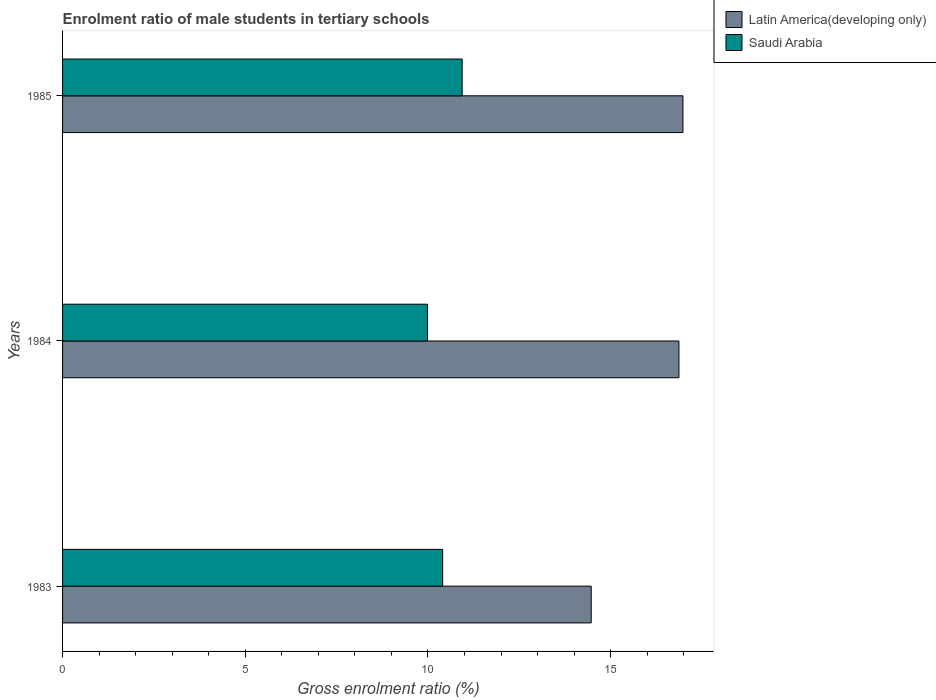
| Years | Latin America(developing only) | Saudi Arabia |
 | --- | --- | --- |
 | 1983 | 14.5 | 10.4 |
 | 1984 | 16.9 | 9.99 |
 | 1985 | 17 | 10.9 |